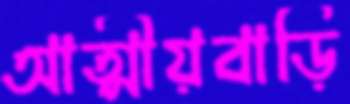
আত্মীয়বাড়ি